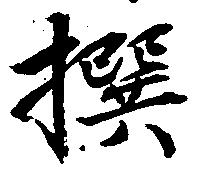
撰